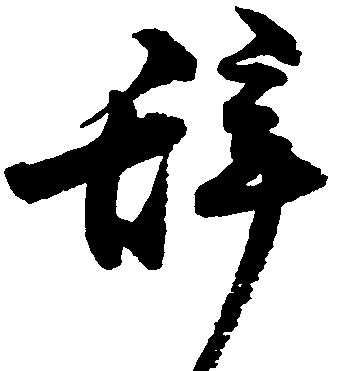
辞